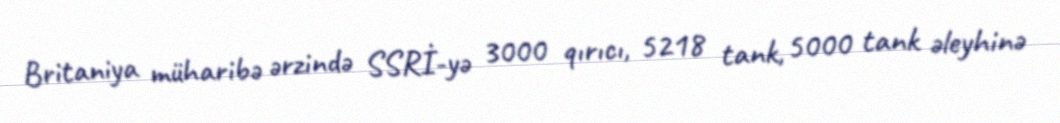
Britaniya müharibə ərzində SSRİ-yə 3000 qırıcı, 5218 tank, 5000 tank əleyhinə